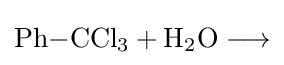
\mathrm {Ph{-}CCl_{3}+H_{2}O\longrightarrow }